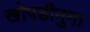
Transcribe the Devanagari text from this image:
खोपडीनुमा